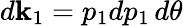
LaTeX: d{\mathbf k}_{1}=p_{1}dp_{1}\, d\theta